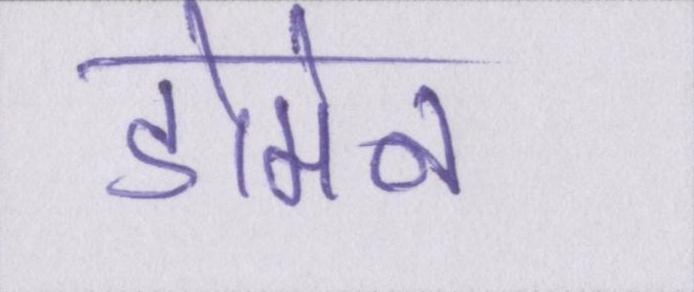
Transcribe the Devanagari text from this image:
डोमेन